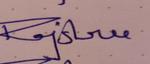
Signature authenticity: genuine